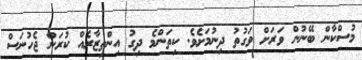
މުސްކާން ބޭނުން ވަރަށް ވަގުތު ދިނުމަށެވެ. ކިތަންމެ ދިގު އިންތިޒާރެއް ކުރަން ޖެހުނަސް